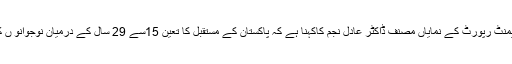
نیشنل ہیومن ڈویلپمنٹ رپورٹ کے نمایاں مصنف ڈاکٹر عادل نجم کاکہنا ہے کہ پاکستان کے مستقبل کا تعین 15سے 29 سال کے درمیان نوجوانو ں کے ہاتھ میں ہے۔